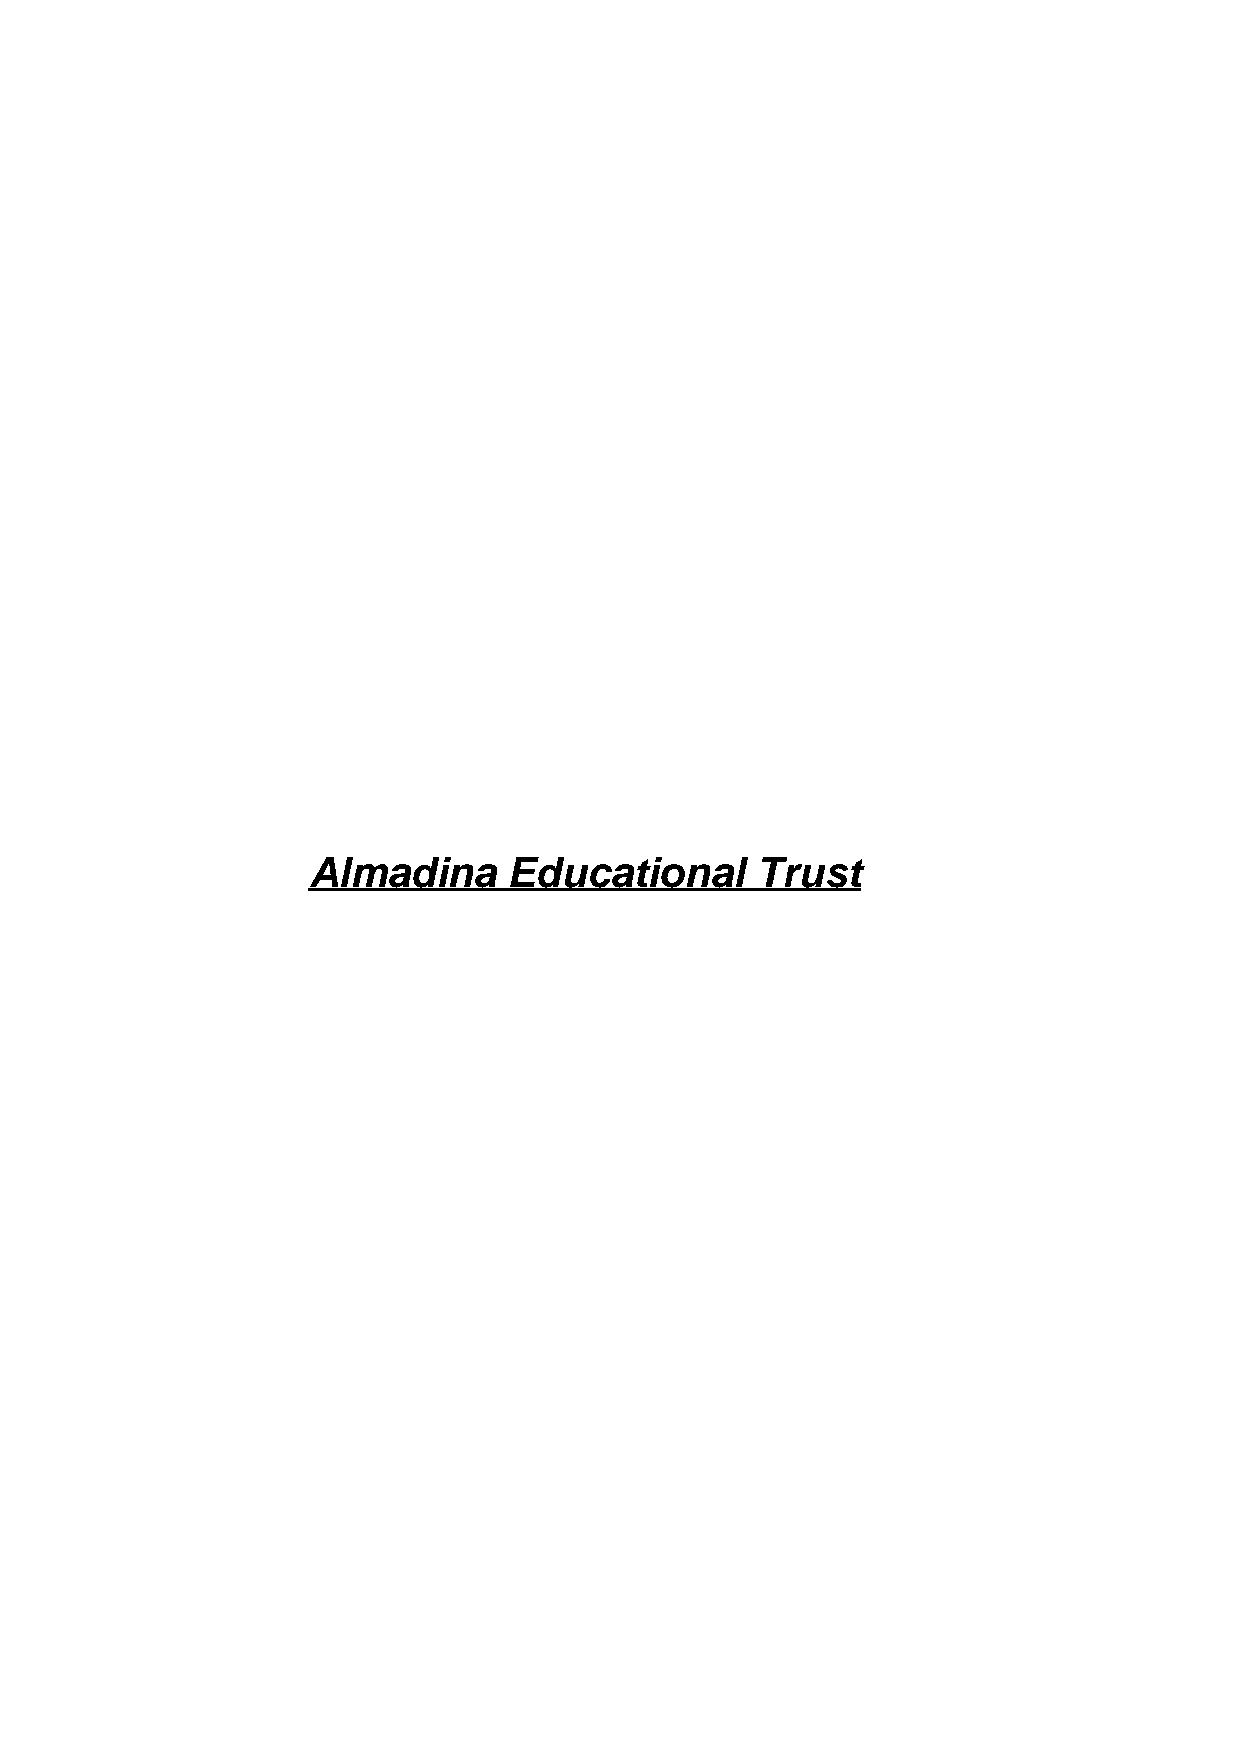
Almadina      Educational     Trust